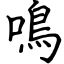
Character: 鳴